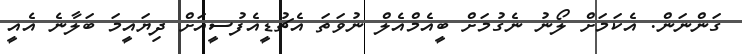
ގަންނަން. އެކަމަށް ލޯނު ނެގުމަށް ބީއެމްއެލް ނުވަތަ އެޗުޑީއެފުސީއަށް ދިޔައީމަ ބަލާނެ އެއީ